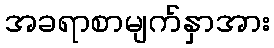
အခရာစာမျက်နှာအား